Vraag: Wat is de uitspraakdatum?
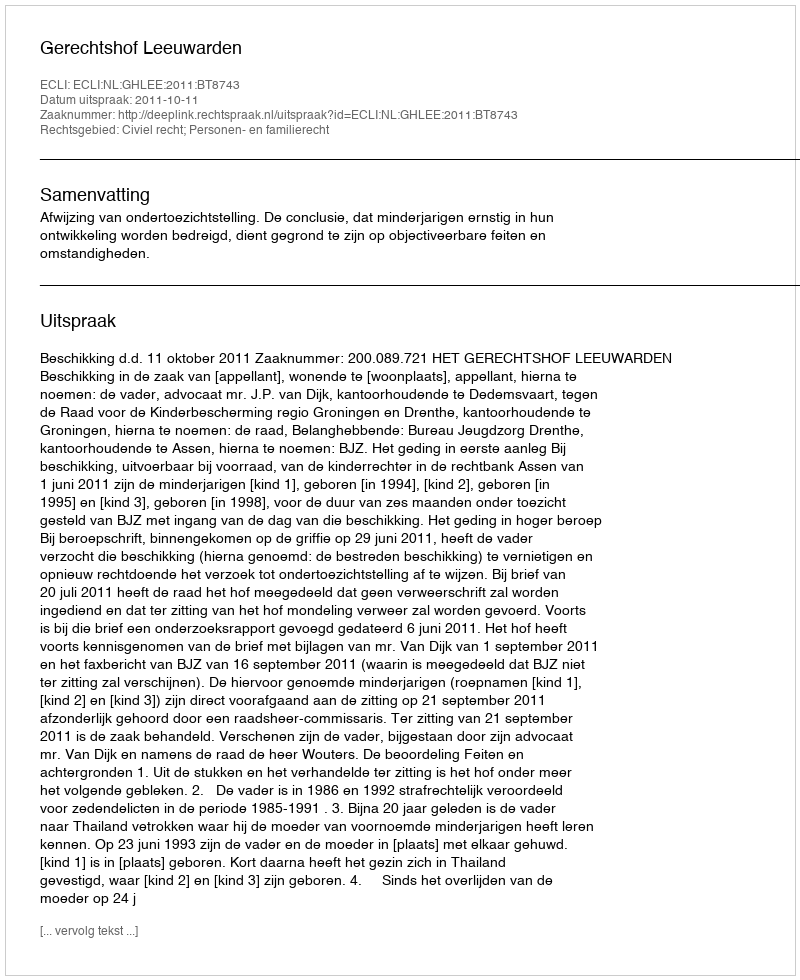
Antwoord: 2011-10-11